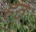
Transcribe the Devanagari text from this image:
हठ्